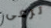
ترعى